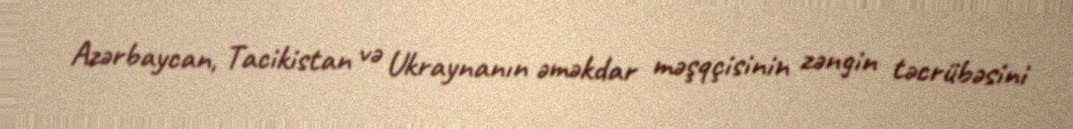
Azərbaycan, Tacikistan və Ukraynanın əməkdar məşqçisinin zəngin təcrübəsini